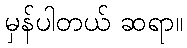
မှန်ပါတယ် ဆရာ။